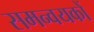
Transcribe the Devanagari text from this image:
समन्वयकों